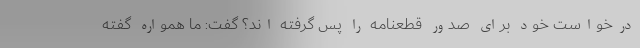
درخواست خود برای صدور قطعنامه را پس گرفته اند؟ گفت: ما همواره گفته